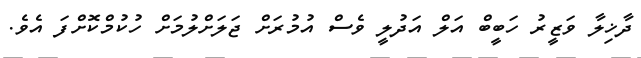
ދާޚިލާ ވަޒީރު ހަބީބް އަލް އަދުލީ ވެސް އުމުރަށް ޖަލަށްލުމަށް ހުކުމްކޮށްފަ އެވެ.